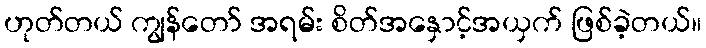
ဟုတ်တယ် ကျွန်တော် အရမ်း စိတ်အနှောင့်အယှက် ဖြစ်ခဲ့တယ်။